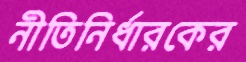
নীতিনির্ধারকের